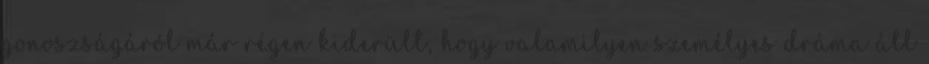
gonoszságáról már régen kiderült, hogy valamilyen személyes dráma áll